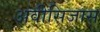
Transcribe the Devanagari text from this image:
अवीसिजास